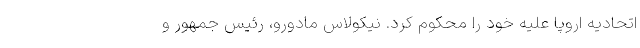
اتحادیه اروپا علیه خود را محکوم کرد. نیکولاس مادورو، رئیس جمهور و